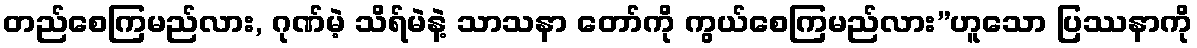
တည်စေကြမည်လား, ဂုဏ်မဲ့ သိရ်မဲနဲ့ သာသနာ တော်ကို ကွယ်စေကြမည်လား”ဟူသော ပြဿနာကို